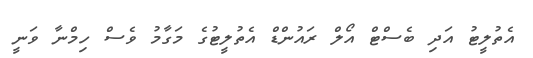
އެތުލީޓު އަދި ބެސްޓް އޯލް ރައުންޑް އެތުލީޓުގެ މަގާމު ވެސް ހިމްނާ ވަނީ